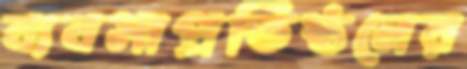
ব্যবসাপ্রতিষ্ঠনের